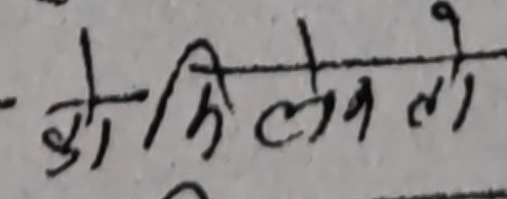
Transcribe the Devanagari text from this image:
को कि लेन लो